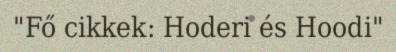
"Fő cikkek: Hoderi és Hoodi"